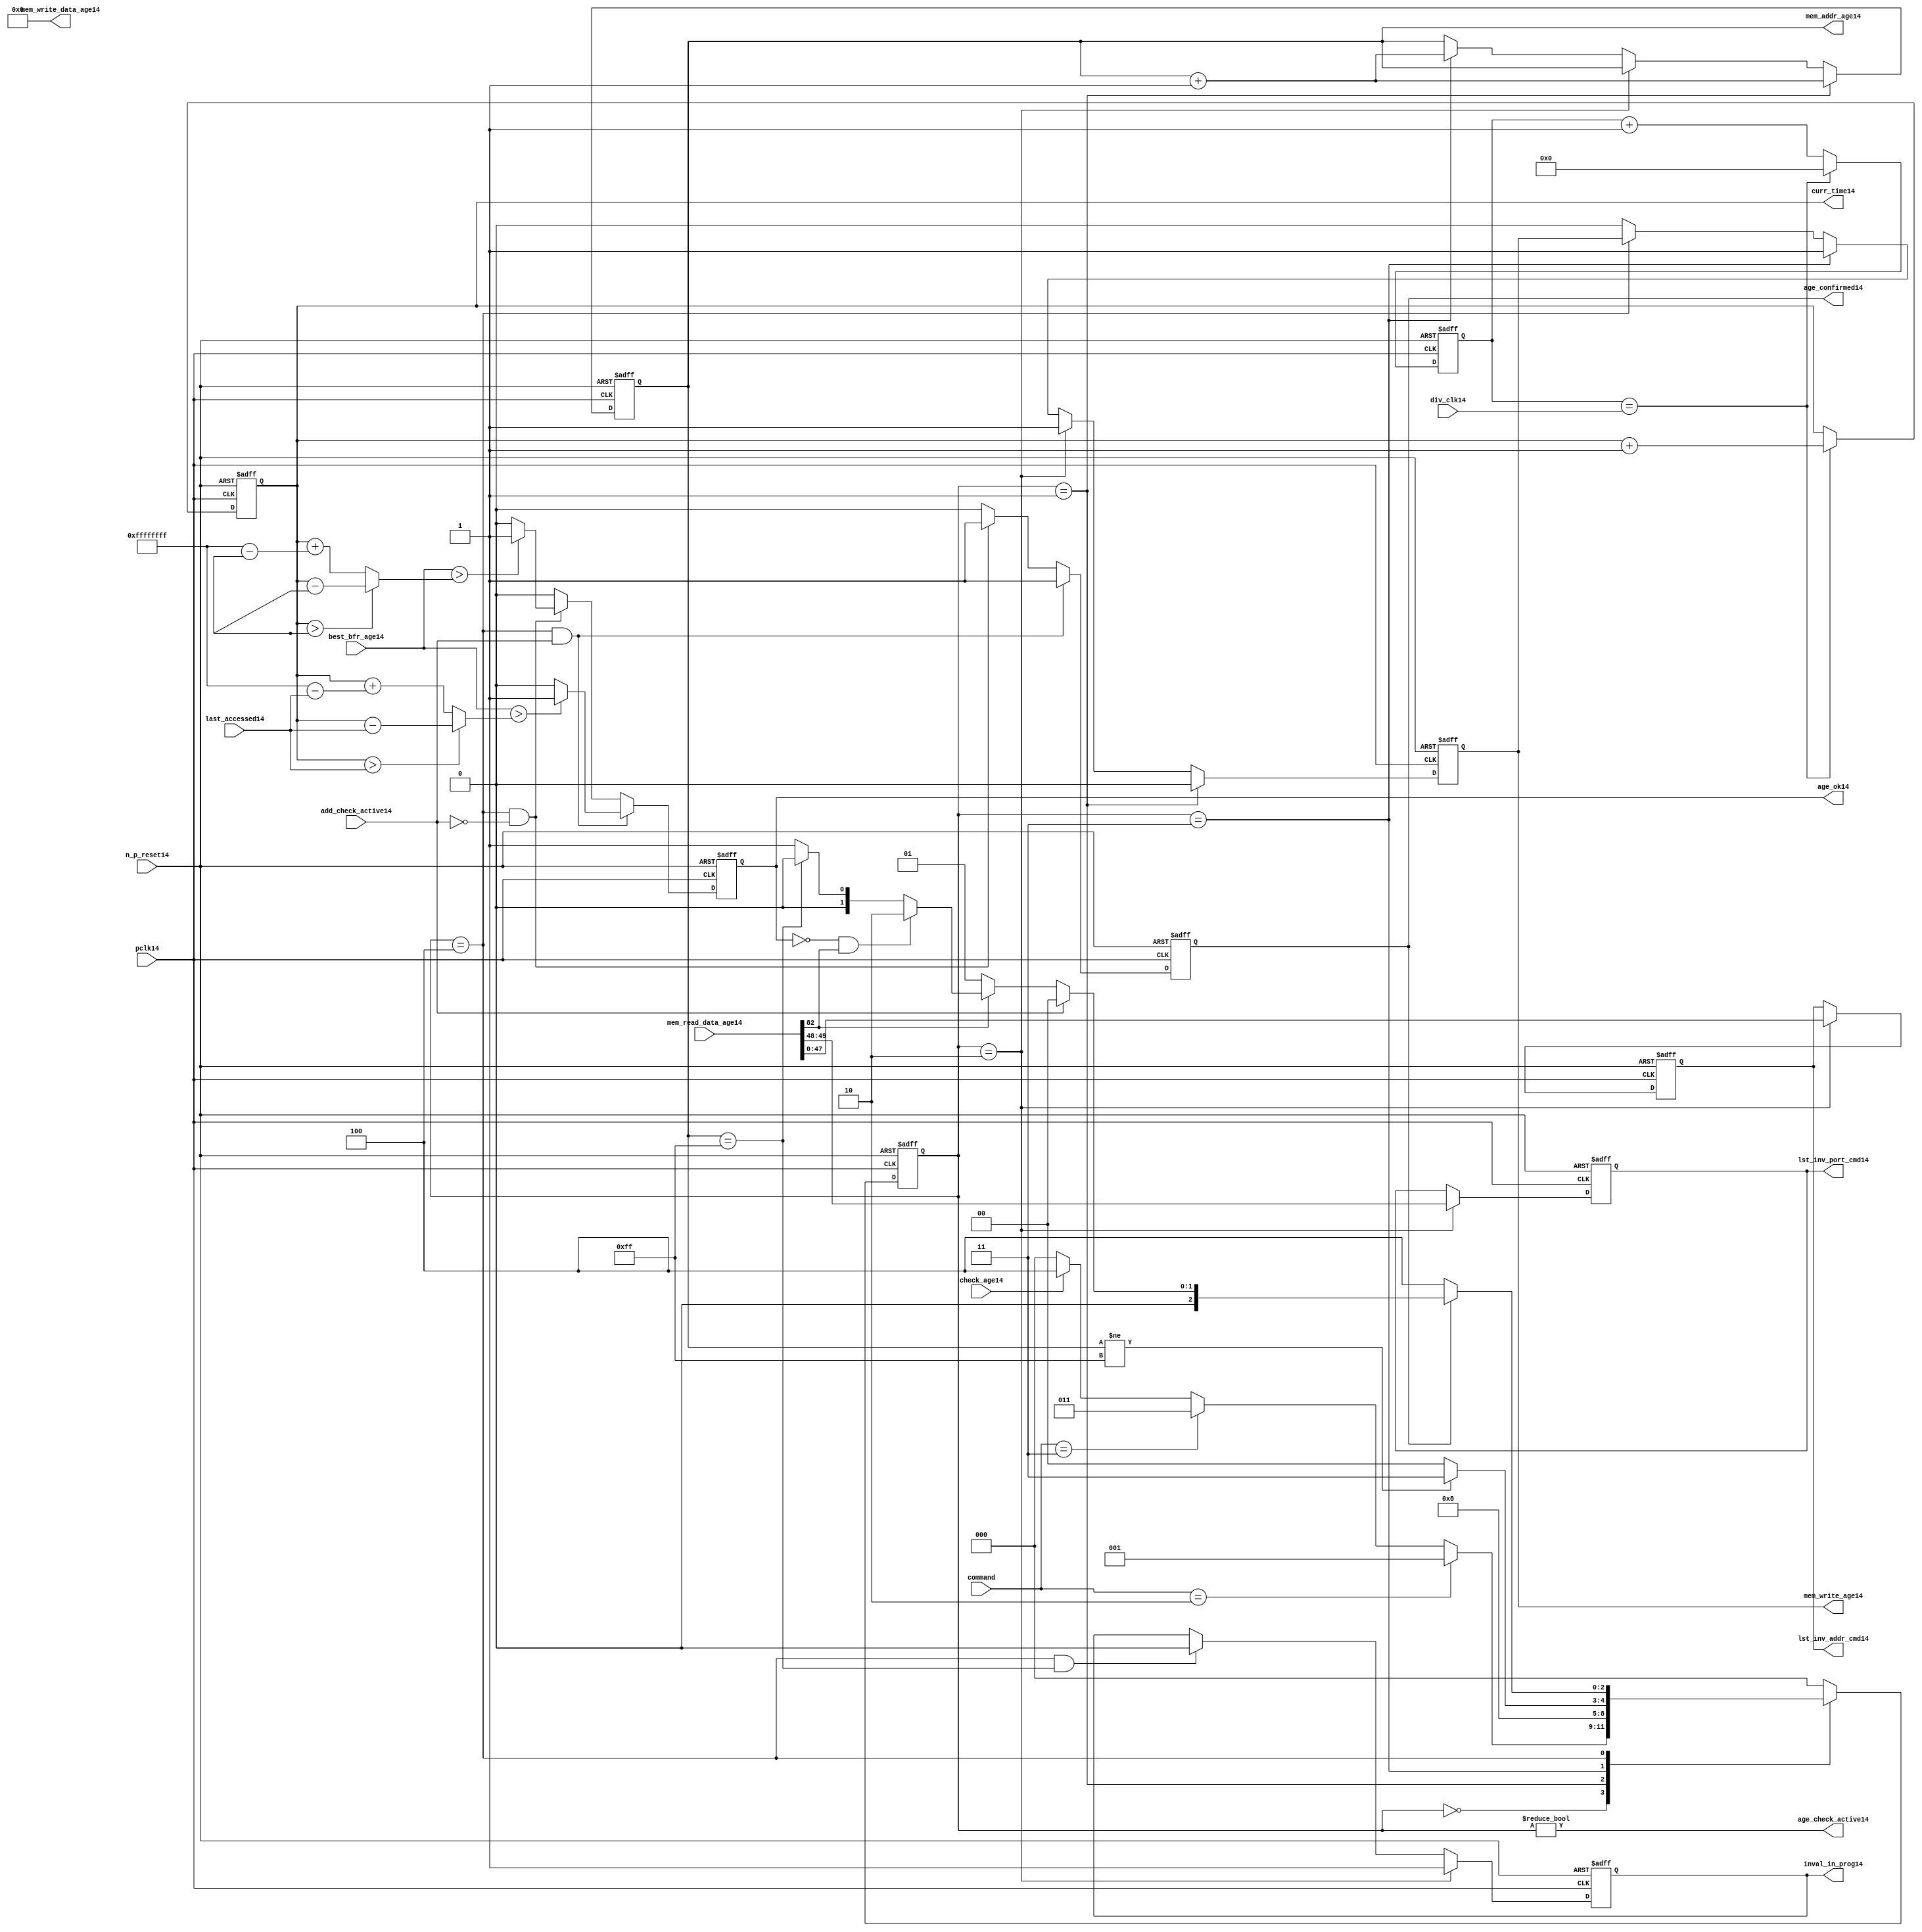
//File14 name   : alut_age_checker14.v
//Title14       : 
//Created14     : 1999
//Description14 : 
//Notes14       : 
//----------------------------------------------------------------------
//   Copyright14 1999-2010 Cadence14 Design14 Systems14, Inc14.
//   All Rights14 Reserved14 Worldwide14
//
//   Licensed14 under the Apache14 License14, Version14 2.0 (the
//   "License14"); you may not use this file except14 in
//   compliance14 with the License14.  You may obtain14 a copy of
//   the License14 at
//
//       http14://www14.apache14.org14/licenses14/LICENSE14-2.0
//
//   Unless14 required14 by applicable14 law14 or agreed14 to in
//   writing, software14 distributed14 under the License14 is
//   distributed14 on an "AS14 IS14" BASIS14, WITHOUT14 WARRANTIES14 OR14
//   CONDITIONS14 OF14 ANY14 KIND14, either14 express14 or implied14.  See
//   the License14 for the specific14 language14 governing14
//   permissions14 and limitations14 under the License14.
//----------------------------------------------------------------------

module alut_age_checker14
(   
   // Inputs14
   pclk14,
   n_p_reset14,
   command,          
   div_clk14,          
   mem_read_data_age14,
   check_age14,        
   last_accessed14, 
   best_bfr_age14,   
   add_check_active14,

   // outputs14
   curr_time14,         
   mem_addr_age14,      
   mem_write_age14,     
   mem_write_data_age14,
   lst_inv_addr_cmd14,    
   lst_inv_port_cmd14,  
   age_confirmed14,     
   age_ok14,
   inval_in_prog14,  
   age_check_active14          
);   

   input               pclk14;               // APB14 clock14                           
   input               n_p_reset14;          // Reset14                               
   input [1:0]         command;            // command bus                        
   input [7:0]         div_clk14;            // clock14 divider14 value
   input [82:0]        mem_read_data_age14;  // read data from memory             
   input               check_age14;          // request flag14 for age14 check
   input [31:0]        last_accessed14;      // time field sent14 for age14 check
   input [31:0]        best_bfr_age14;       // best14 before age14
   input               add_check_active14;   // active flag14 from address checker

   output [31:0]       curr_time14;          // current time,for storing14 in mem    
   output [7:0]        mem_addr_age14;       // address for R/W14 to memory     
   output              mem_write_age14;      // R/W14 flag14 (write = high14)            
   output [82:0]       mem_write_data_age14; // write data for memory             
   output [47:0]       lst_inv_addr_cmd14;   // last invalidated14 addr normal14 op    
   output [1:0]        lst_inv_port_cmd14;   // last invalidated14 port normal14 op    
   output              age_confirmed14;      // validates14 age_ok14 result 
   output              age_ok14;             // age14 checker result - set means14 in-date14
   output              inval_in_prog14;      // invalidation14 in progress14
   output              age_check_active14;   // bit 0 of status register           

   reg  [2:0]          age_chk_state14;      // age14 checker FSM14 current state
   reg  [2:0]          nxt_age_chk_state14;  // age14 checker FSM14 next state
   reg  [7:0]          mem_addr_age14;     
   reg                 mem_write_age14;    
   reg                 inval_in_prog14;      // invalidation14 in progress14
   reg  [7:0]          clk_div_cnt14;        // clock14 divider14 counter
   reg  [31:0]         curr_time14;          // current time,for storing14 in mem  
   reg                 age_confirmed14;      // validates14 age_ok14 result 
   reg                 age_ok14;             // age14 checker result - set means14 in-date14
   reg [47:0]          lst_inv_addr_cmd14;   // last invalidated14 addr normal14 op    
   reg [1:0]           lst_inv_port_cmd14;   // last invalidated14 port normal14 op    

   wire  [82:0]        mem_write_data_age14;
   wire  [31:0]        last_accessed_age14;  // read back time by age14 checker
   wire  [31:0]        time_since_lst_acc_age14;  // time since14 last accessed age14
   wire  [31:0]        time_since_lst_acc14; // time since14 last accessed address
   wire                age_check_active14;   // bit 0 of status register           

// Parameters14 for Address Checking14 FSM14 states14
   parameter idle14           = 3'b000;
   parameter inval_aged_rd14  = 3'b001;
   parameter inval_aged_wr14  = 3'b010;
   parameter inval_all14      = 3'b011;
   parameter age_chk14        = 3'b100;

   parameter max_addr       = 8'hff;
   parameter max_cnt14        = 32'hffff_ffff;

// -----------------------------------------------------------------------------
//   Generate14 current time counter
// -----------------------------------------------------------------------------
always @ (posedge pclk14 or negedge n_p_reset14)
   begin
   if (~n_p_reset14)
      clk_div_cnt14 <= 8'd0;
   else if (clk_div_cnt14 == div_clk14)
      clk_div_cnt14 <= 8'd0; 
   else 
      clk_div_cnt14 <= clk_div_cnt14 + 1'd1;
   end


always @ (posedge pclk14 or negedge n_p_reset14)
   begin
   if (~n_p_reset14)
      curr_time14 <= 32'd0;
   else if (clk_div_cnt14 == div_clk14)
      curr_time14 <= curr_time14 + 1'd1;
   end


// -----------------------------------------------------------------------------
//   Age14 checker State14 Machine14 
// -----------------------------------------------------------------------------
always @ (command or check_age14 or age_chk_state14 or age_confirmed14 or age_ok14 or
          mem_addr_age14 or mem_read_data_age14[82])
   begin
      case (age_chk_state14)
      
      idle14:
         if (command == 2'b10)
            nxt_age_chk_state14 = inval_aged_rd14;
         else if (command == 2'b11)
            nxt_age_chk_state14 = inval_all14;
         else if (check_age14)
            nxt_age_chk_state14 = age_chk14;
         else
            nxt_age_chk_state14 = idle14;

      inval_aged_rd14:
            nxt_age_chk_state14 = age_chk14;

      inval_aged_wr14:
            nxt_age_chk_state14 = idle14;

      inval_all14:
         if (mem_addr_age14 != max_addr)
            nxt_age_chk_state14 = inval_all14;  // move14 onto14 next address
         else
            nxt_age_chk_state14 = idle14;

      age_chk14:
         if (age_confirmed14)
            begin
            if (add_check_active14)                     // age14 check for addr chkr14
               nxt_age_chk_state14 = idle14;
            else if (~mem_read_data_age14[82])      // invalid, check next location14
               nxt_age_chk_state14 = inval_aged_rd14; 
            else if (~age_ok14 & mem_read_data_age14[82]) // out of date14, clear 
               nxt_age_chk_state14 = inval_aged_wr14;
            else if (mem_addr_age14 == max_addr)    // full check completed
               nxt_age_chk_state14 = idle14;     
            else 
               nxt_age_chk_state14 = inval_aged_rd14; // age14 ok, check next location14 
            end       
         else
            nxt_age_chk_state14 = age_chk14;

      default:
            nxt_age_chk_state14 = idle14;
      endcase
   end



always @ (posedge pclk14 or negedge n_p_reset14)
   begin
   if (~n_p_reset14)
      age_chk_state14 <= idle14;
   else
      age_chk_state14 <= nxt_age_chk_state14;
   end


// -----------------------------------------------------------------------------
//   Generate14 memory RW bus for accessing array when requested14 to invalidate14 all
//   aged14 addresses14 and all addresses14.
// -----------------------------------------------------------------------------
always @ (posedge pclk14 or negedge n_p_reset14)
   begin
   if (~n_p_reset14)
   begin
      mem_addr_age14 <= 8'd0;     
      mem_write_age14 <= 1'd0;    
   end
   else if (age_chk_state14 == inval_aged_rd14)  // invalidate14 aged14 read
   begin
      mem_addr_age14 <= mem_addr_age14 + 1'd1;     
      mem_write_age14 <= 1'd0;    
   end
   else if (age_chk_state14 == inval_aged_wr14)  // invalidate14 aged14 read
   begin
      mem_addr_age14 <= mem_addr_age14;     
      mem_write_age14 <= 1'd1;    
   end
   else if (age_chk_state14 == inval_all14)  // invalidate14 all
   begin
      mem_addr_age14 <= mem_addr_age14 + 1'd1;     
      mem_write_age14 <= 1'd1;    
   end
   else if (age_chk_state14 == age_chk14)
   begin
      mem_addr_age14 <= mem_addr_age14;     
      mem_write_age14 <= mem_write_age14;    
   end
   else 
   begin
      mem_addr_age14 <= mem_addr_age14;     
      mem_write_age14 <= 1'd0;    
   end
   end

// age14 checker will only ever14 write zero values to ALUT14 mem
assign mem_write_data_age14 = 83'd0;



// -----------------------------------------------------------------------------
//   Generate14 invalidate14 in progress14 flag14 (bit 1 of status register)
// -----------------------------------------------------------------------------
always @ (posedge pclk14 or negedge n_p_reset14)
   begin
   if (~n_p_reset14)
      inval_in_prog14 <= 1'd0;
   else if (age_chk_state14 == inval_aged_wr14) 
      inval_in_prog14 <= 1'd1;
   else if ((age_chk_state14 == age_chk14) & (mem_addr_age14 == max_addr))
      inval_in_prog14 <= 1'd0;
   else
      inval_in_prog14 <= inval_in_prog14;
   end


// -----------------------------------------------------------------------------
//   Calculate14 whether14 data is still in date14.  Need14 to work14 out the real time
//   gap14 between current time and last accessed.  If14 this gap14 is greater than
//   the best14 before age14, then14 the data is out of date14. 
// -----------------------------------------------------------------------------
assign time_since_lst_acc14 = (curr_time14 > last_accessed14) ? 
                            (curr_time14 - last_accessed14) :  // no cnt wrapping14
                            (curr_time14 + (max_cnt14 - last_accessed14));

assign time_since_lst_acc_age14 = (curr_time14 > last_accessed_age14) ? 
                                (curr_time14 - last_accessed_age14) : // no wrapping14
                                (curr_time14 + (max_cnt14 - last_accessed_age14));


always @ (posedge pclk14 or negedge n_p_reset14)
   begin
   if (~n_p_reset14)
      begin
      age_ok14 <= 1'b0;
      age_confirmed14 <= 1'b0;
      end
   else if ((age_chk_state14 == age_chk14) & add_check_active14) 
      begin                                       // age14 checking for addr chkr14
      if (best_bfr_age14 > time_since_lst_acc14)      // still in date14
         begin
         age_ok14 <= 1'b1;
         age_confirmed14 <= 1'b1;
         end
      else   // out of date14
         begin
         age_ok14 <= 1'b0;
         age_confirmed14 <= 1'b1;
         end
      end
   else if ((age_chk_state14 == age_chk14) & ~add_check_active14)
      begin                                      // age14 checking for inval14 aged14
      if (best_bfr_age14 > time_since_lst_acc_age14) // still in date14
         begin
         age_ok14 <= 1'b1;
         age_confirmed14 <= 1'b1;
         end
      else   // out of date14
         begin
         age_ok14 <= 1'b0;
         age_confirmed14 <= 1'b1;
         end
      end
   else
      begin
      age_ok14 <= 1'b0;
      age_confirmed14 <= 1'b0;
      end
   end



// -----------------------------------------------------------------------------
//   Generate14 last address and port that was cleared14 in the invalid aged14 process
// -----------------------------------------------------------------------------
always @ (posedge pclk14 or negedge n_p_reset14)
   begin
   if (~n_p_reset14)
      begin
      lst_inv_addr_cmd14 <= 48'd0;
      lst_inv_port_cmd14 <= 2'd0;
      end
   else if (age_chk_state14 == inval_aged_wr14)
      begin
      lst_inv_addr_cmd14 <= mem_read_data_age14[47:0];
      lst_inv_port_cmd14 <= mem_read_data_age14[49:48];
      end
   else 
      begin
      lst_inv_addr_cmd14 <= lst_inv_addr_cmd14;
      lst_inv_port_cmd14 <= lst_inv_port_cmd14;
      end
   end


// -----------------------------------------------------------------------------
//   Set active bit of status, decoded14 off14 age_chk_state14
// -----------------------------------------------------------------------------
assign age_check_active14 = (age_chk_state14 != 3'b000);

endmodule